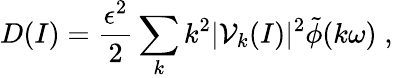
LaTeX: D(I)=\frac{\epsilon^{2}}{2}\sum_{k}k^{2}\vert{\cal V}_{k}(I)\vert^{2}\tilde{\phi}(k\omega)\; ,